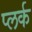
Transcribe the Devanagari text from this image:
प्लर्क